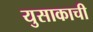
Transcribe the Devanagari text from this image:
युसाकाची